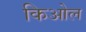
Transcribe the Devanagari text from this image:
किओल